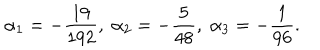
LaTeX: \alpha _ { 1 } = - \frac { 1 9 } { 1 9 2 } , \; \alpha _ { 2 } = - \frac { 5 } { 4 8 } , \; \alpha _ { 3 } = - \frac { 1 } { 9 6 } .